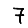
Digit: 7